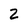
Character: 2